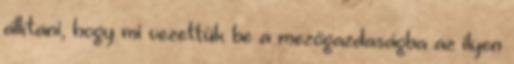
állítani, hogy mi vezettük be a mezőgazdaságba az ilyen